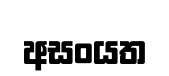
අසංයත